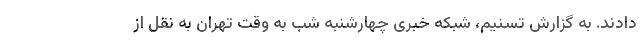
دادند. به گزارش تسنیم، شبکه خبری چهارشنبه شب به وقت تهران به نقل از